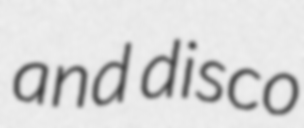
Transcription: and disco